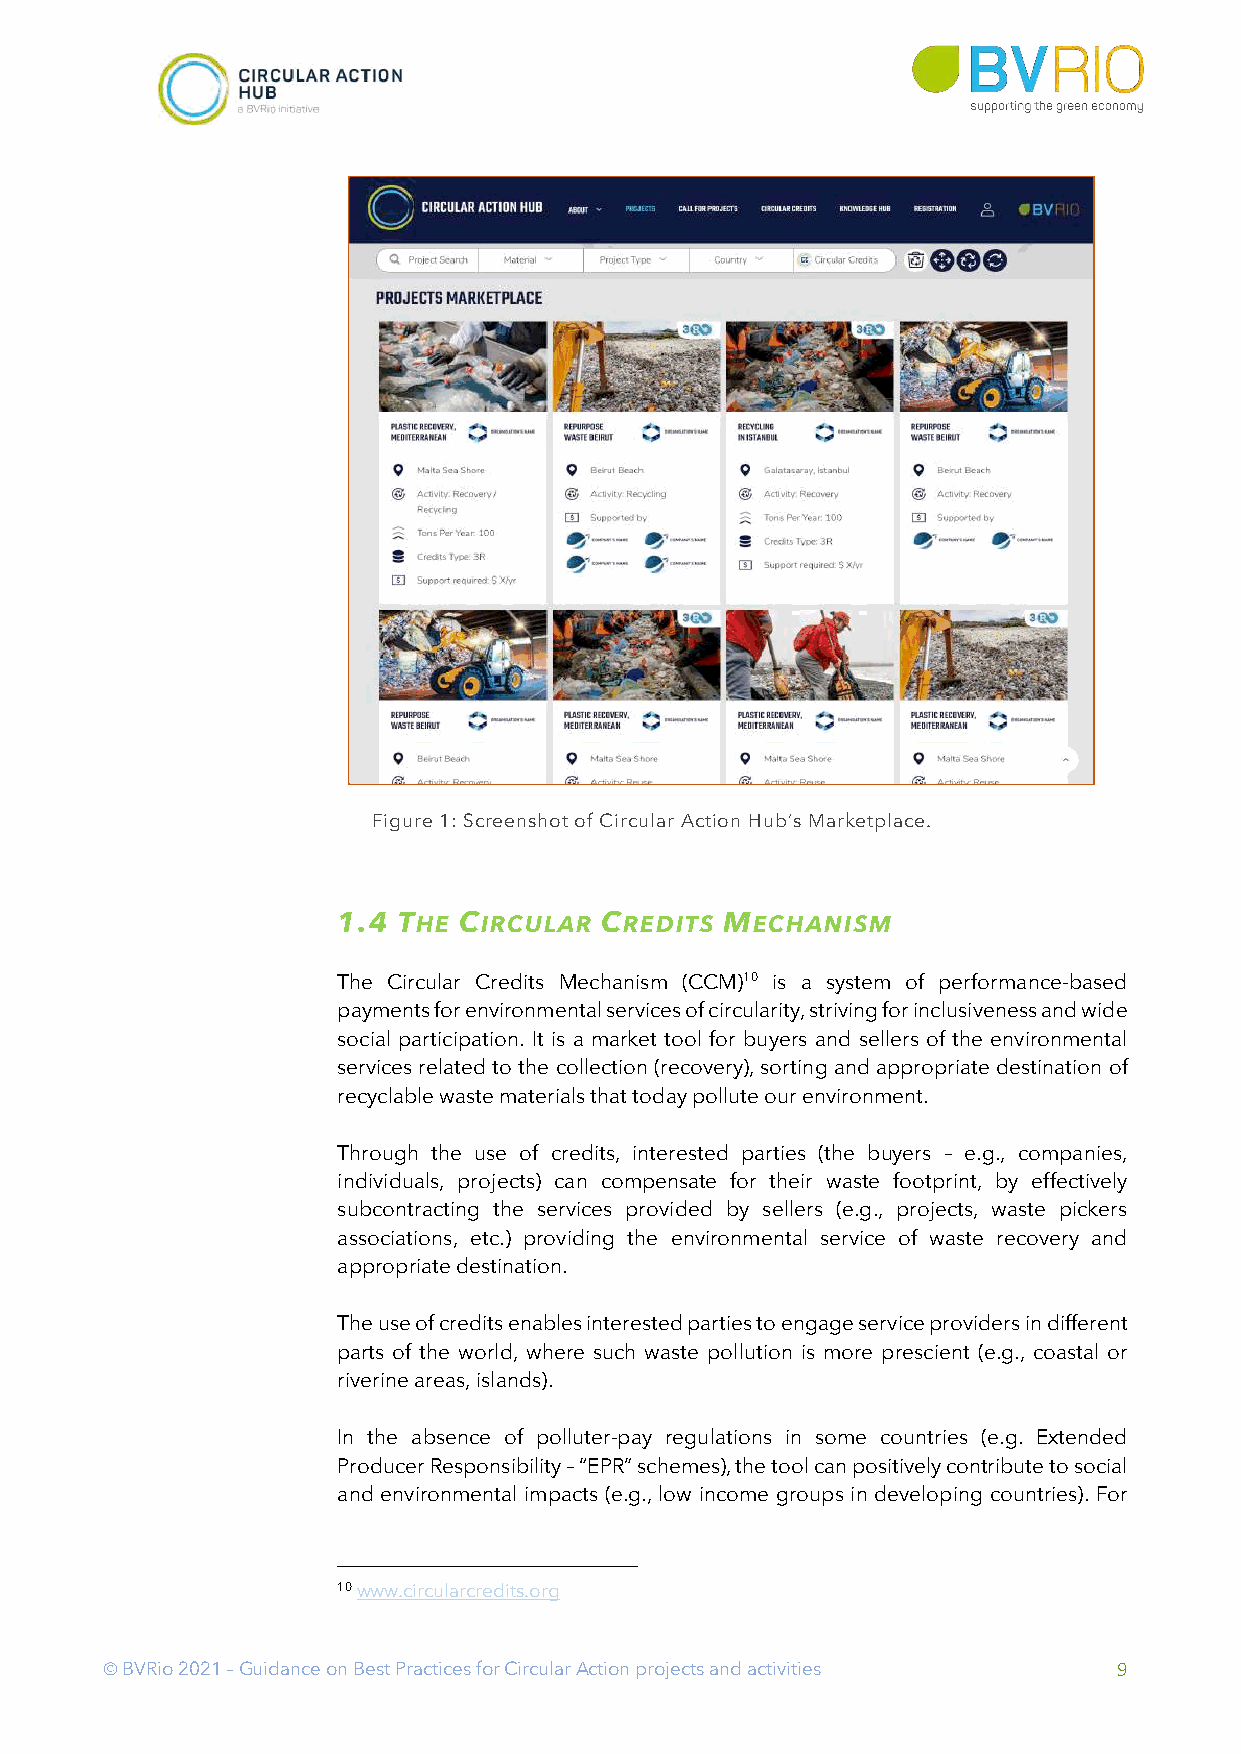
Figure 1: Screenshot of Circular Action Hub’s Marketplace.
 1.4 THE CIRCULAR  CREDITS MECHANISM
 The Circular Credits Mechanism (CCM)10 is a system of performance-based
 payments for environmental services of circularity, striving for inclusiveness and wide
 social participation. It is a market tool for buyers and sellers of the environmental
 services related to the collection (recovery), sorting and appropriate destination of
 recyclable waste materials that today pollute our environment.
 Through the use of credits, interested parties (the buyers – e.g., companies,
 individuals, projects) can compensate for their waste footprint, by effectively
 subcontracting the services provided by sellers (e.g., projects, waste pickers
 associations, etc.) providing the environmental service of waste recovery and
 appropriate destination.
 The use of credits enables interested parties to engage service providers in different
 parts of the world, where such waste pollution is more prescient (e.g., coastal or
 riverine areas, islands).
 In the absence of polluter-pay regulations in some countries (e.g. Extended
 Producer Responsibility – “EPR” schemes), the tool can positively contribute to social
 and environmental impacts (e.g., low income groups in developing countries). For
 10 www.circularcredits.org
 Ó BVRio 2021 – Guidance on Best Practices for Circular Action projects and activities 9